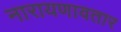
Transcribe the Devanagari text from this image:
नारायणावतार